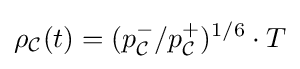
\rho _{\mathcal {C}}(t)=(p_{\mathcal {C}}^{-}/p_{\mathcal {C}}^{+})^{1/6}\cdot T